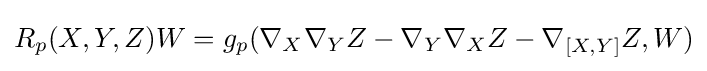
{\textstyle R_{p}(X,Y,Z)W={g_{p}({\nabla _{X}\nabla _{Y}Z-\nabla _{Y}\nabla _{X}Z-\nabla _{[X,Y]}Z,W})}}